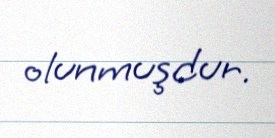
olunmuşdur.